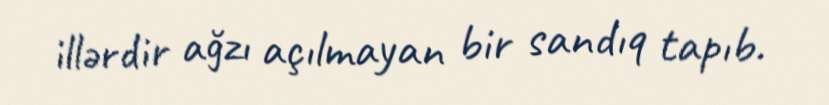
illərdir ağzı açılmayan bir sandıq tapıb.